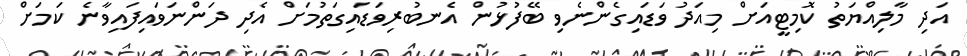
އަދި މާލިއްޔަތު ކޮމިޓީއަށް މިއަދު ވަޑައިގެންނެވި ބޭފުޅުން އެނބުރިވަޑައިގަތުމަށް އެދި ދަންނަވައިފައިވާނެ ކަމަށް